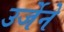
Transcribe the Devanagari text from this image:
उर्जेने